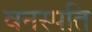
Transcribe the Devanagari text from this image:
वनस्‍पति